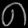
Digit: ၈